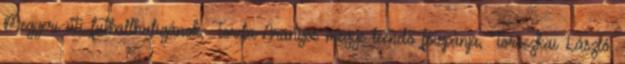
Megyeri úti futballhuligánok, Torda-Aranyos megye leendő főispánja, Toroczkai László,